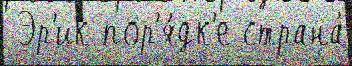
 Эр'ик пор'я́дк'е страна́